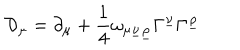
LaTeX: { \cal D } _ { \mu } = \partial _ { \mu } + { \frac { 1 } { 4 } } \omega _ { \mu \underline { { { \nu } } } \underline { { { \rho } } } } \Gamma ^ { \underline { { { \nu } } } } \Gamma ^ { \underline { { { \rho } } } }